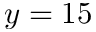
y = 1 5